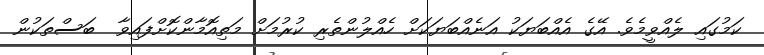
ކަމުގައި ލެއްވީމެވެ. އޭގެ އެއްބަޔަކު އަނެއްބަޔަކަށް ހެއްލުންތެރި ކުރުމަށް މަތިއޮމާންކޮށްފައިވާ  ބަސްތަކުން